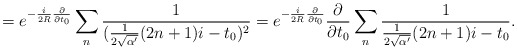
\begin{align*}=e^{-\frac{i}{2R}\frac{\partial}{\partial t_{0}}}\sum _{n} \frac{1}{(\frac{1}{2\sqrt{\alpha '}}(2n+1)i -t_{0})^{2}}=e^{-\frac{i}{2R}\frac{\partial}{\partial t_{0}}}\frac{\partial}{\partial t_{0}} \sum _{n} \frac{1}{\frac{1}{2 \sqrt{\alpha '}}(2n+1)i -t_{0}} .\end{align*}